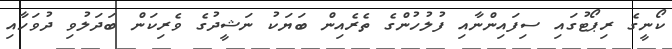
ކޯނީގެ ރިޕޯޓުގައި ސިފައިންނާއި ފުލުހުންގެ ތެރެއިން ބަޔަކު ނަޝީދުގެ ވެރިކަން ބަދަލުވި ދުވަހާއި